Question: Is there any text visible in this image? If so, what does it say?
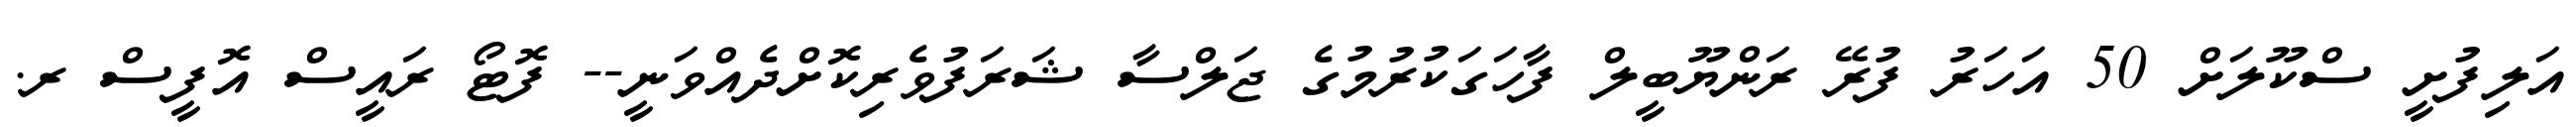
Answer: އަލިފުށީ ސްކޫލަށް 50 އަހަރު ފުރޭ ރަންޔޫބީލް ފާހަގަކުރުމުގެ ޖަލްސާ ޝަރަފުވެރިކޮށްދެއްވަނީ-- ފޮޓޯ ރައީސް އޮފީސް ރ.